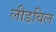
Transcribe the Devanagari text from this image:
लीडविल